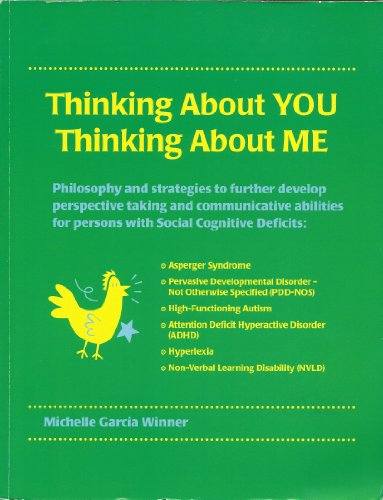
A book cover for Thinking About You Thinking About Me: Philosophy and strategies to further develop perspective taking and communicative abilities for persons with ... Autism, Hyperlexia, ADHD, PDD-NOS, NVLD; Michelle Garcia Winner; Health, Fitness & Dieting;